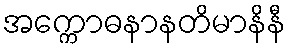
အက္ကောဓနာနတိမာနိနီ